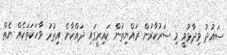
ސައުދު ވިދާޅުވީ މި ސަރުކާރުން ރައްޔިތުން ކައިރީގައި ދައްކާނެ އިތުރު ވާހަކަތަކެއް ނެތް